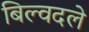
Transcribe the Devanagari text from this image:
बिल्वदले